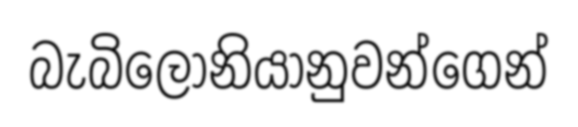
බැබිලෝනියානුවන්ගෙන්